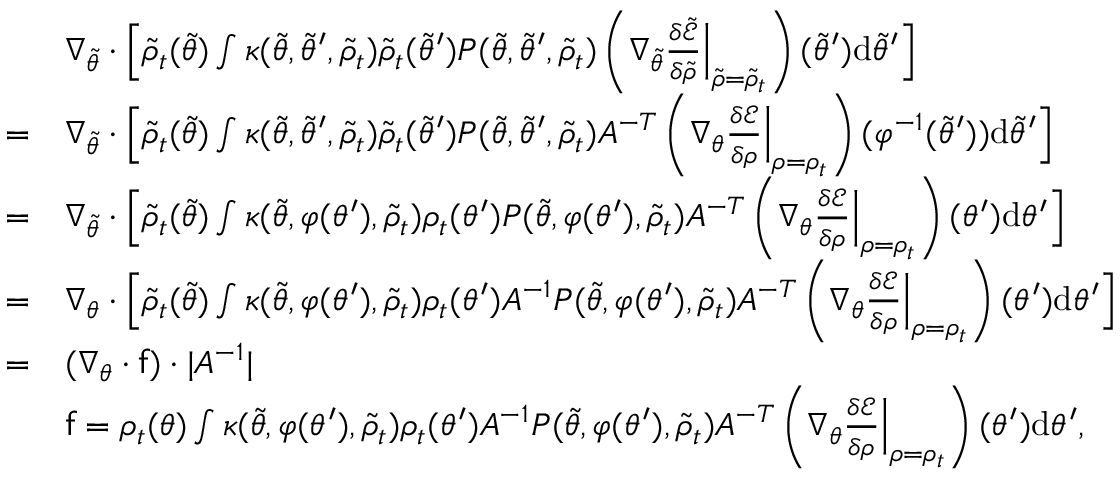
\begin{array} { r l } & { \nabla _ { \tilde { \theta } } \cdot \Bigl [ \tilde { \rho } _ { t } ( \tilde { \theta } ) \int \kappa ( \tilde { \theta } , \tilde { \theta } ^ { \prime } , \tilde { \rho } _ { t } ) \tilde { \rho } _ { t } ( \tilde { \theta } ^ { \prime } ) P ( \tilde { \theta } , \tilde { \theta } ^ { \prime } , \tilde { \rho } _ { t } ) \left( \nabla _ { \tilde { \theta } } \frac { \delta \tilde { \mathcal { E } } } { \delta \tilde { \rho } } \Bigr | _ { \tilde { \rho } = \tilde { \rho } _ { t } } \right) ( \tilde { \theta } ^ { \prime } ) \mathrm { d } \tilde { \theta } ^ { \prime } \Bigr ] } \\ { = } & { \nabla _ { \tilde { \theta } } \cdot \Bigl [ \tilde { \rho } _ { t } ( \tilde { \theta } ) \int \kappa ( \tilde { \theta } , \tilde { \theta } ^ { \prime } , \tilde { \rho } _ { t } ) \tilde { \rho } _ { t } ( \tilde { \theta } ^ { \prime } ) P ( \tilde { \theta } , \tilde { \theta } ^ { \prime } , \tilde { \rho } _ { t } ) A ^ { - T } \left( \nabla _ { \theta } \frac { \delta \mathcal { E } } { \delta \rho } \Bigr | _ { \rho = \rho _ { t } } \right) ( \varphi ^ { - 1 } ( \tilde { \theta } ^ { \prime } ) ) \mathrm { d } \tilde { \theta } ^ { \prime } \Bigr ] } \\ { = } & { \nabla _ { \tilde { \theta } } \cdot \Bigl [ \tilde { \rho } _ { t } ( \tilde { \theta } ) \int \kappa ( \tilde { \theta } , \varphi ( \theta ^ { \prime } ) , \tilde { \rho } _ { t } ) { \rho } _ { t } ( \theta ^ { \prime } ) P ( \tilde { \theta } , \varphi ( \theta ^ { \prime } ) , \tilde { \rho } _ { t } ) A ^ { - T } \left( \nabla _ { \theta } \frac { \delta \mathcal { E } } { \delta \rho } \Bigr | _ { \rho = \rho _ { t } } \right) ( \theta ^ { \prime } ) \mathrm { d } \theta ^ { \prime } \Bigr ] } \\ { = } & { \nabla _ { \theta } \cdot \Bigl [ \tilde { \rho } _ { t } ( \tilde { \theta } ) \int \kappa ( \tilde { \theta } , \varphi ( \theta ^ { \prime } ) , \tilde { \rho } _ { t } ) { \rho } _ { t } ( \theta ^ { \prime } ) A ^ { - 1 } P ( \tilde { \theta } , \varphi ( \theta ^ { \prime } ) , \tilde { \rho } _ { t } ) A ^ { - T } \left( \nabla _ { \theta } \frac { \delta \mathcal { E } } { \delta \rho } \Bigr | _ { \rho = \rho _ { t } } \right) ( \theta ^ { \prime } ) \mathrm { d } \theta ^ { \prime } \Bigr ] } \\ { = } & { ( \nabla _ { \theta } \cdot \mathsf { f } ) \cdot | A ^ { - 1 } | } \\ & { \mathsf { f } = \rho _ { t } ( \theta ) \int \kappa ( \tilde { \theta } , \varphi ( \theta ^ { \prime } ) , \tilde { \rho } _ { t } ) { \rho } _ { t } ( \theta ^ { \prime } ) A ^ { - 1 } P ( \tilde { \theta } , \varphi ( \theta ^ { \prime } ) , \tilde { \rho } _ { t } ) A ^ { - T } \left( \nabla _ { \theta } \frac { \delta \mathcal { E } } { \delta \rho } \Bigr | _ { \rho = \rho _ { t } } \right) ( \theta ^ { \prime } ) \mathrm { d } \theta ^ { \prime } , } \end{array}